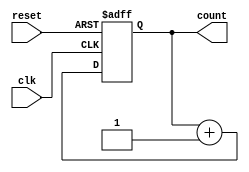
module synchronous_counter (
    input wire clk,          // Clock input
    input wire reset,        // Asynchronous reset input
    output reg [3:0] count   // 4-bit counter output
);

// Always block sensitive to the rising edge of the clock or the reset signal
always @(posedge clk or posedge reset) begin
    if (reset) begin
        count <= 4'b0000;   // Reset the counter to 0
    end else begin
        count <= count + 1; // Increment the counter
    end
end

endmodule